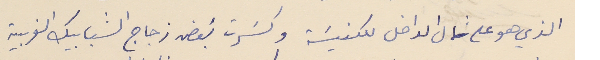
الذي هو على شمال الداخل للكنيسَة وكسَرت بَعض زجاج الشبابيك الغربية